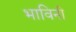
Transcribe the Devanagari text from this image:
भाविनी